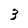
Character: 3